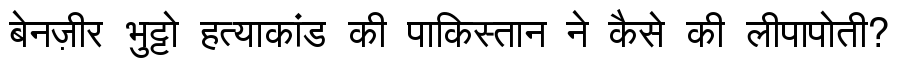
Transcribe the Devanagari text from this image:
बेनज़ीर भुट्टो हत्याकांड की पाकिस्तान ने कैसे की लीपापोती?